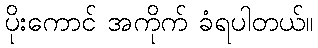
ပိုးကောင် အကိုက် ခံရပါတယ်။